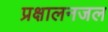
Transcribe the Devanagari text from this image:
प्रक्षालनजल